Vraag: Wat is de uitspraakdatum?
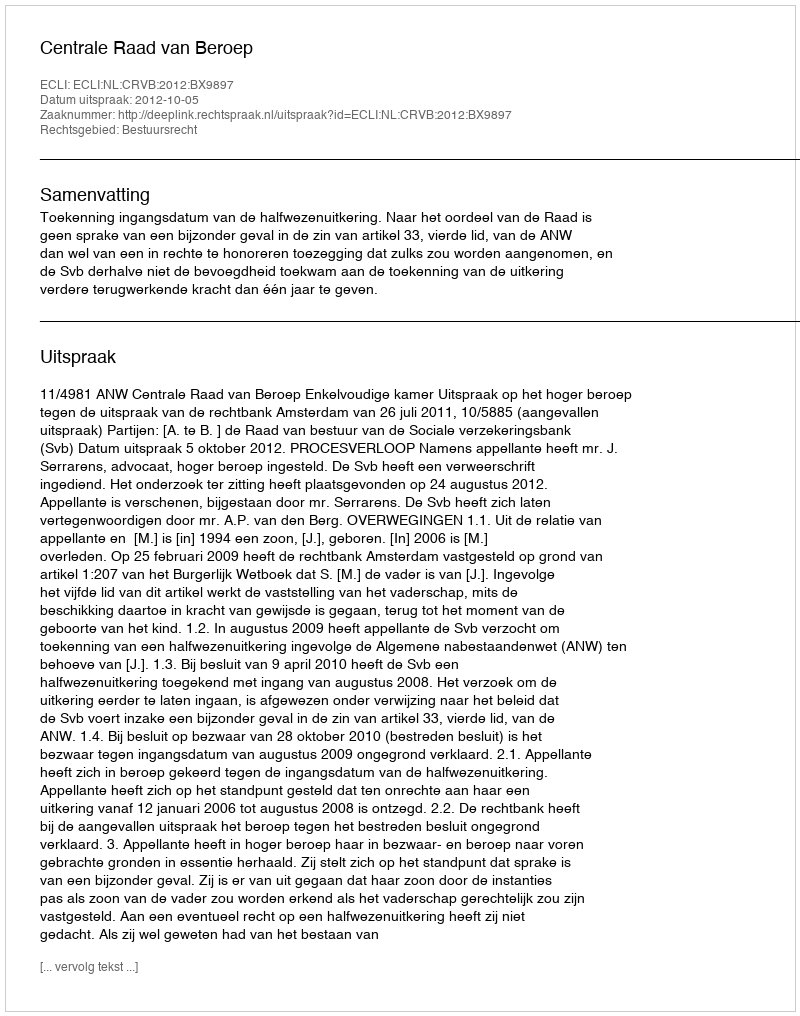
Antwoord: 2012-10-05